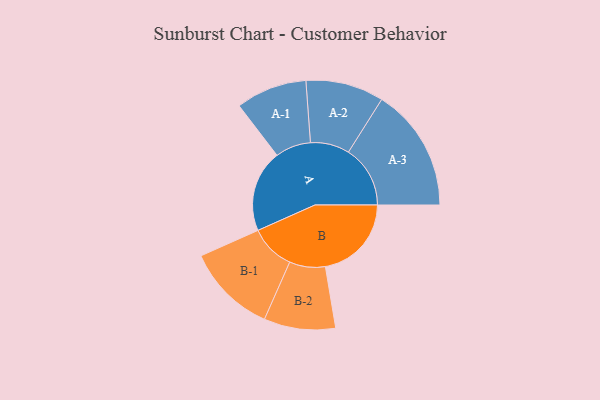
{"axis": {"x": "Segment", "y": "Value"}, "legend": ["", "A", "B"], "data": [{"x": "A", "y": 378, "type": ""}, {"x": "B", "y": 397, "type": ""}, {"x": "A-1", "y": 164, "type": "A"}, {"x": "A-2", "y": 180, "type": "A"}, {"x": "A-3", "y": 285, "type": "A"}, {"x": "B-1", "y": 208, "type": "B"}, {"x": "B-2", "y": 165, "type": "B"}]}